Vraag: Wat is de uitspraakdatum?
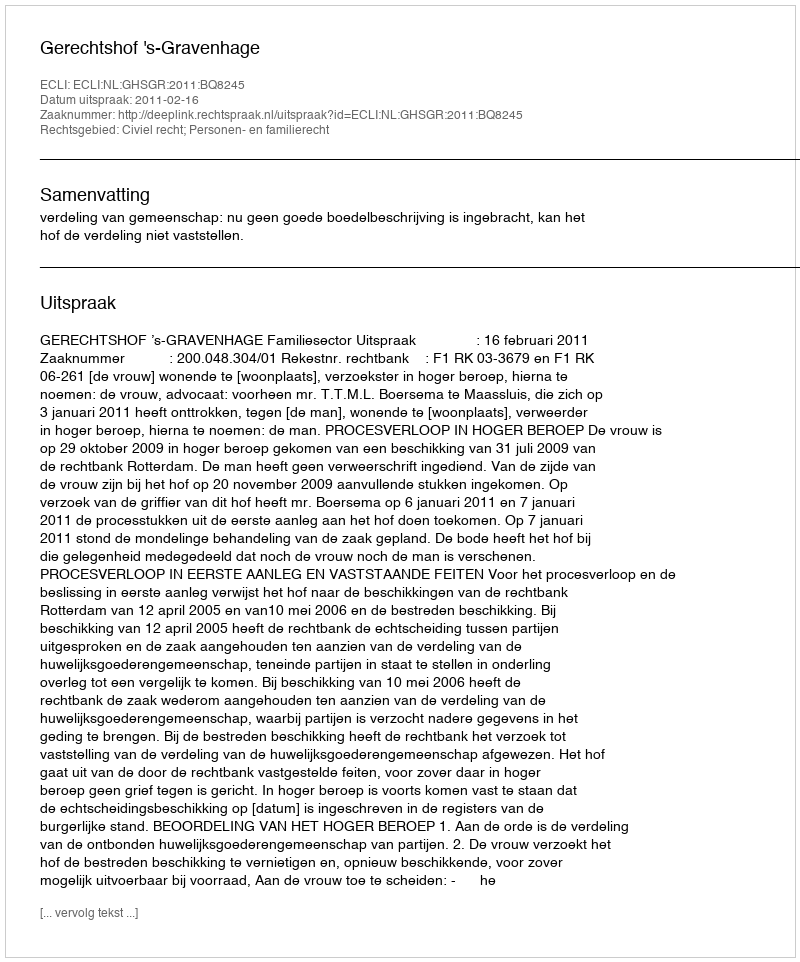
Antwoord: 2011-02-16